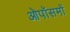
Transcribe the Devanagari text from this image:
ओपॉसमों